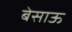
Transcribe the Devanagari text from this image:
बेसाऊ